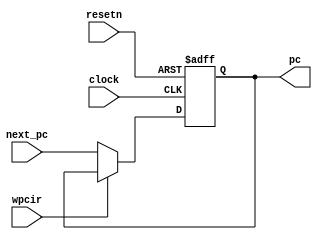
`default_nettype none

module pipe_reg_PC(
    input [31: 0] next_pc, 
    input wpcir, 
    input clock, 
    input resetn, 
    
    output reg [31: 0] pc
);
    // PC  dff32 

    always @ (negedge resetn or posedge clock)
    begin
        if (resetn == 0) 
            pc <= -4;
        else if (wpcir == 0)
            pc <= next_pc;
    end

endmodule